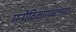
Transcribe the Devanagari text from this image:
मनोविकारांबद्दलच्या